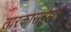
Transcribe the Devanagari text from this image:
तारकासमूहाने